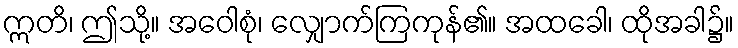
ဣတိ၊ ဤသို့။ အဝေါစုံ၊ လျှောက်ကြကုန်၏။ အထခေါ၊ ထိုအခါ၌။